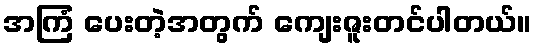
အကြံ ပေးတဲ့အတွက် ကျေးဇူးတင်ပါတယ်။